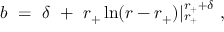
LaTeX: b ~ = ~ \delta ~ + ~ r _ { + } \ln ( r - r _ { + } ) | _ { r _ { + } } ^ { r _ { + } + \delta } ~ ,